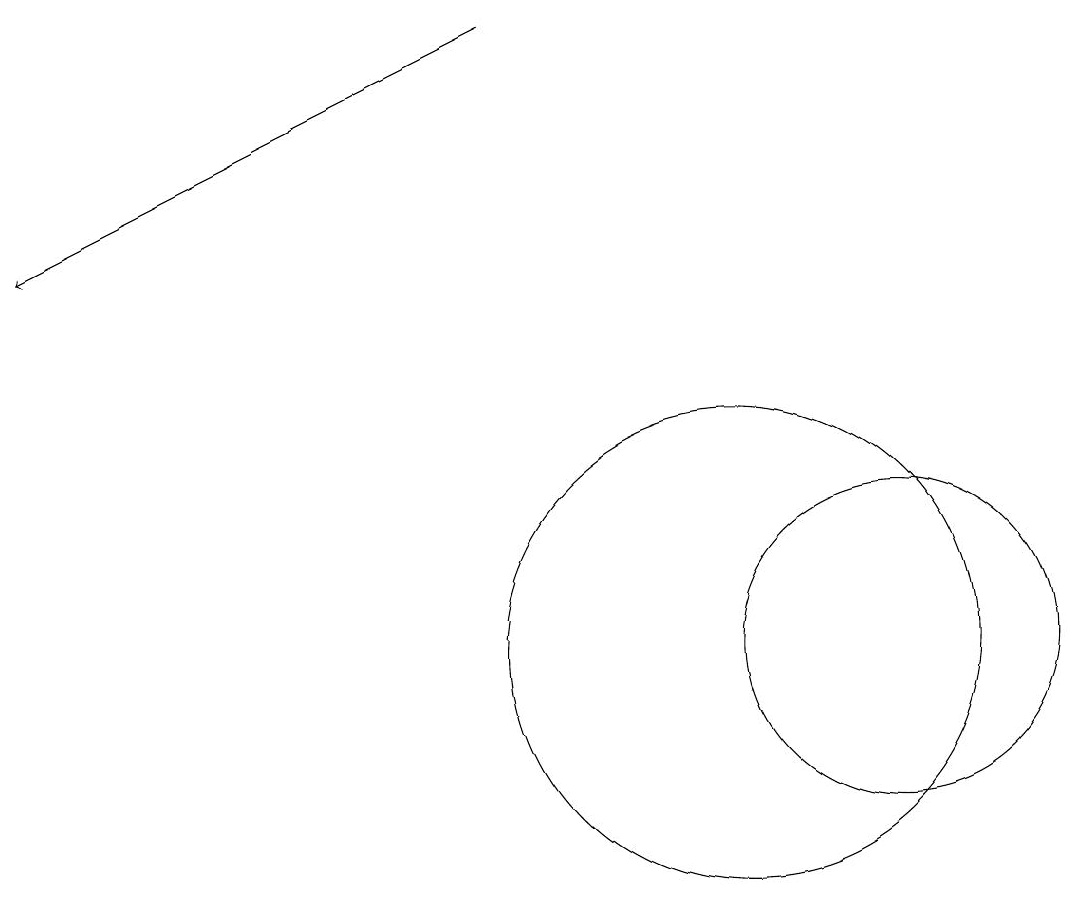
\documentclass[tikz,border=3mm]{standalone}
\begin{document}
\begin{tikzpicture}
\draw (10,11) circle (3);
\draw[->] (7,19) -- (1,16);
\draw (12,11) circle (2);
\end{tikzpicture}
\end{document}